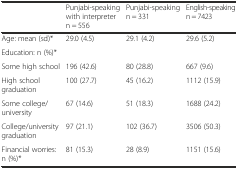
|  | Punjabi-speaking with interpreter n = 556 | Punjabi-speaking n = 331 | English-speaking n = 7423 |
 | --- | --- | --- | --- |
 | Age: mean (sd)* | 29.0 (4.5) | 29.1 (4.2) | 29.6 (5.2) |
 | Education: n (%)* |  |  |  |
 | Some high school | 196 (42.6) | 80 (28.8) | 667 (9.6) |
 | High school graduation | 100 (27.7) | 45 (16.2) | 1112 (15.9) |
 | Some college/university | 67 (14.6) | 51 (18.3) | 1688 (24.2) |
 | College/university graduation | 97 (21.1) | 102 (36.7) | 3506 (50.3) |
 | Financial worries:n (%)* | 81 (15.3) | 28 (8.9) | 1151 (15.6) |